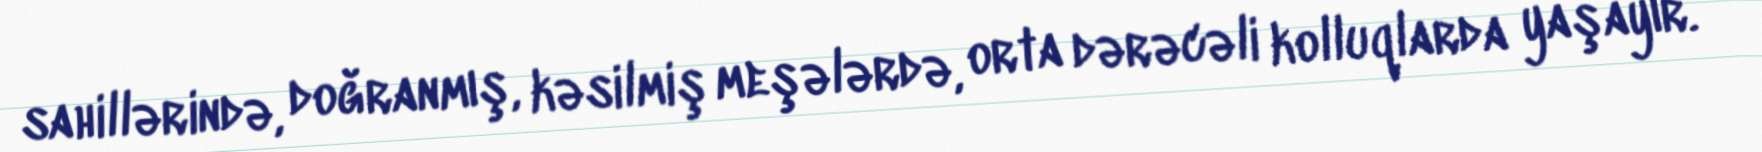
sahillərində, doğranmış, kəsilmiş meşələrdə, orta dərəcəli kolluqlarda yaşayır.